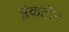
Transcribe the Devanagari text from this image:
प्लेकटॉन